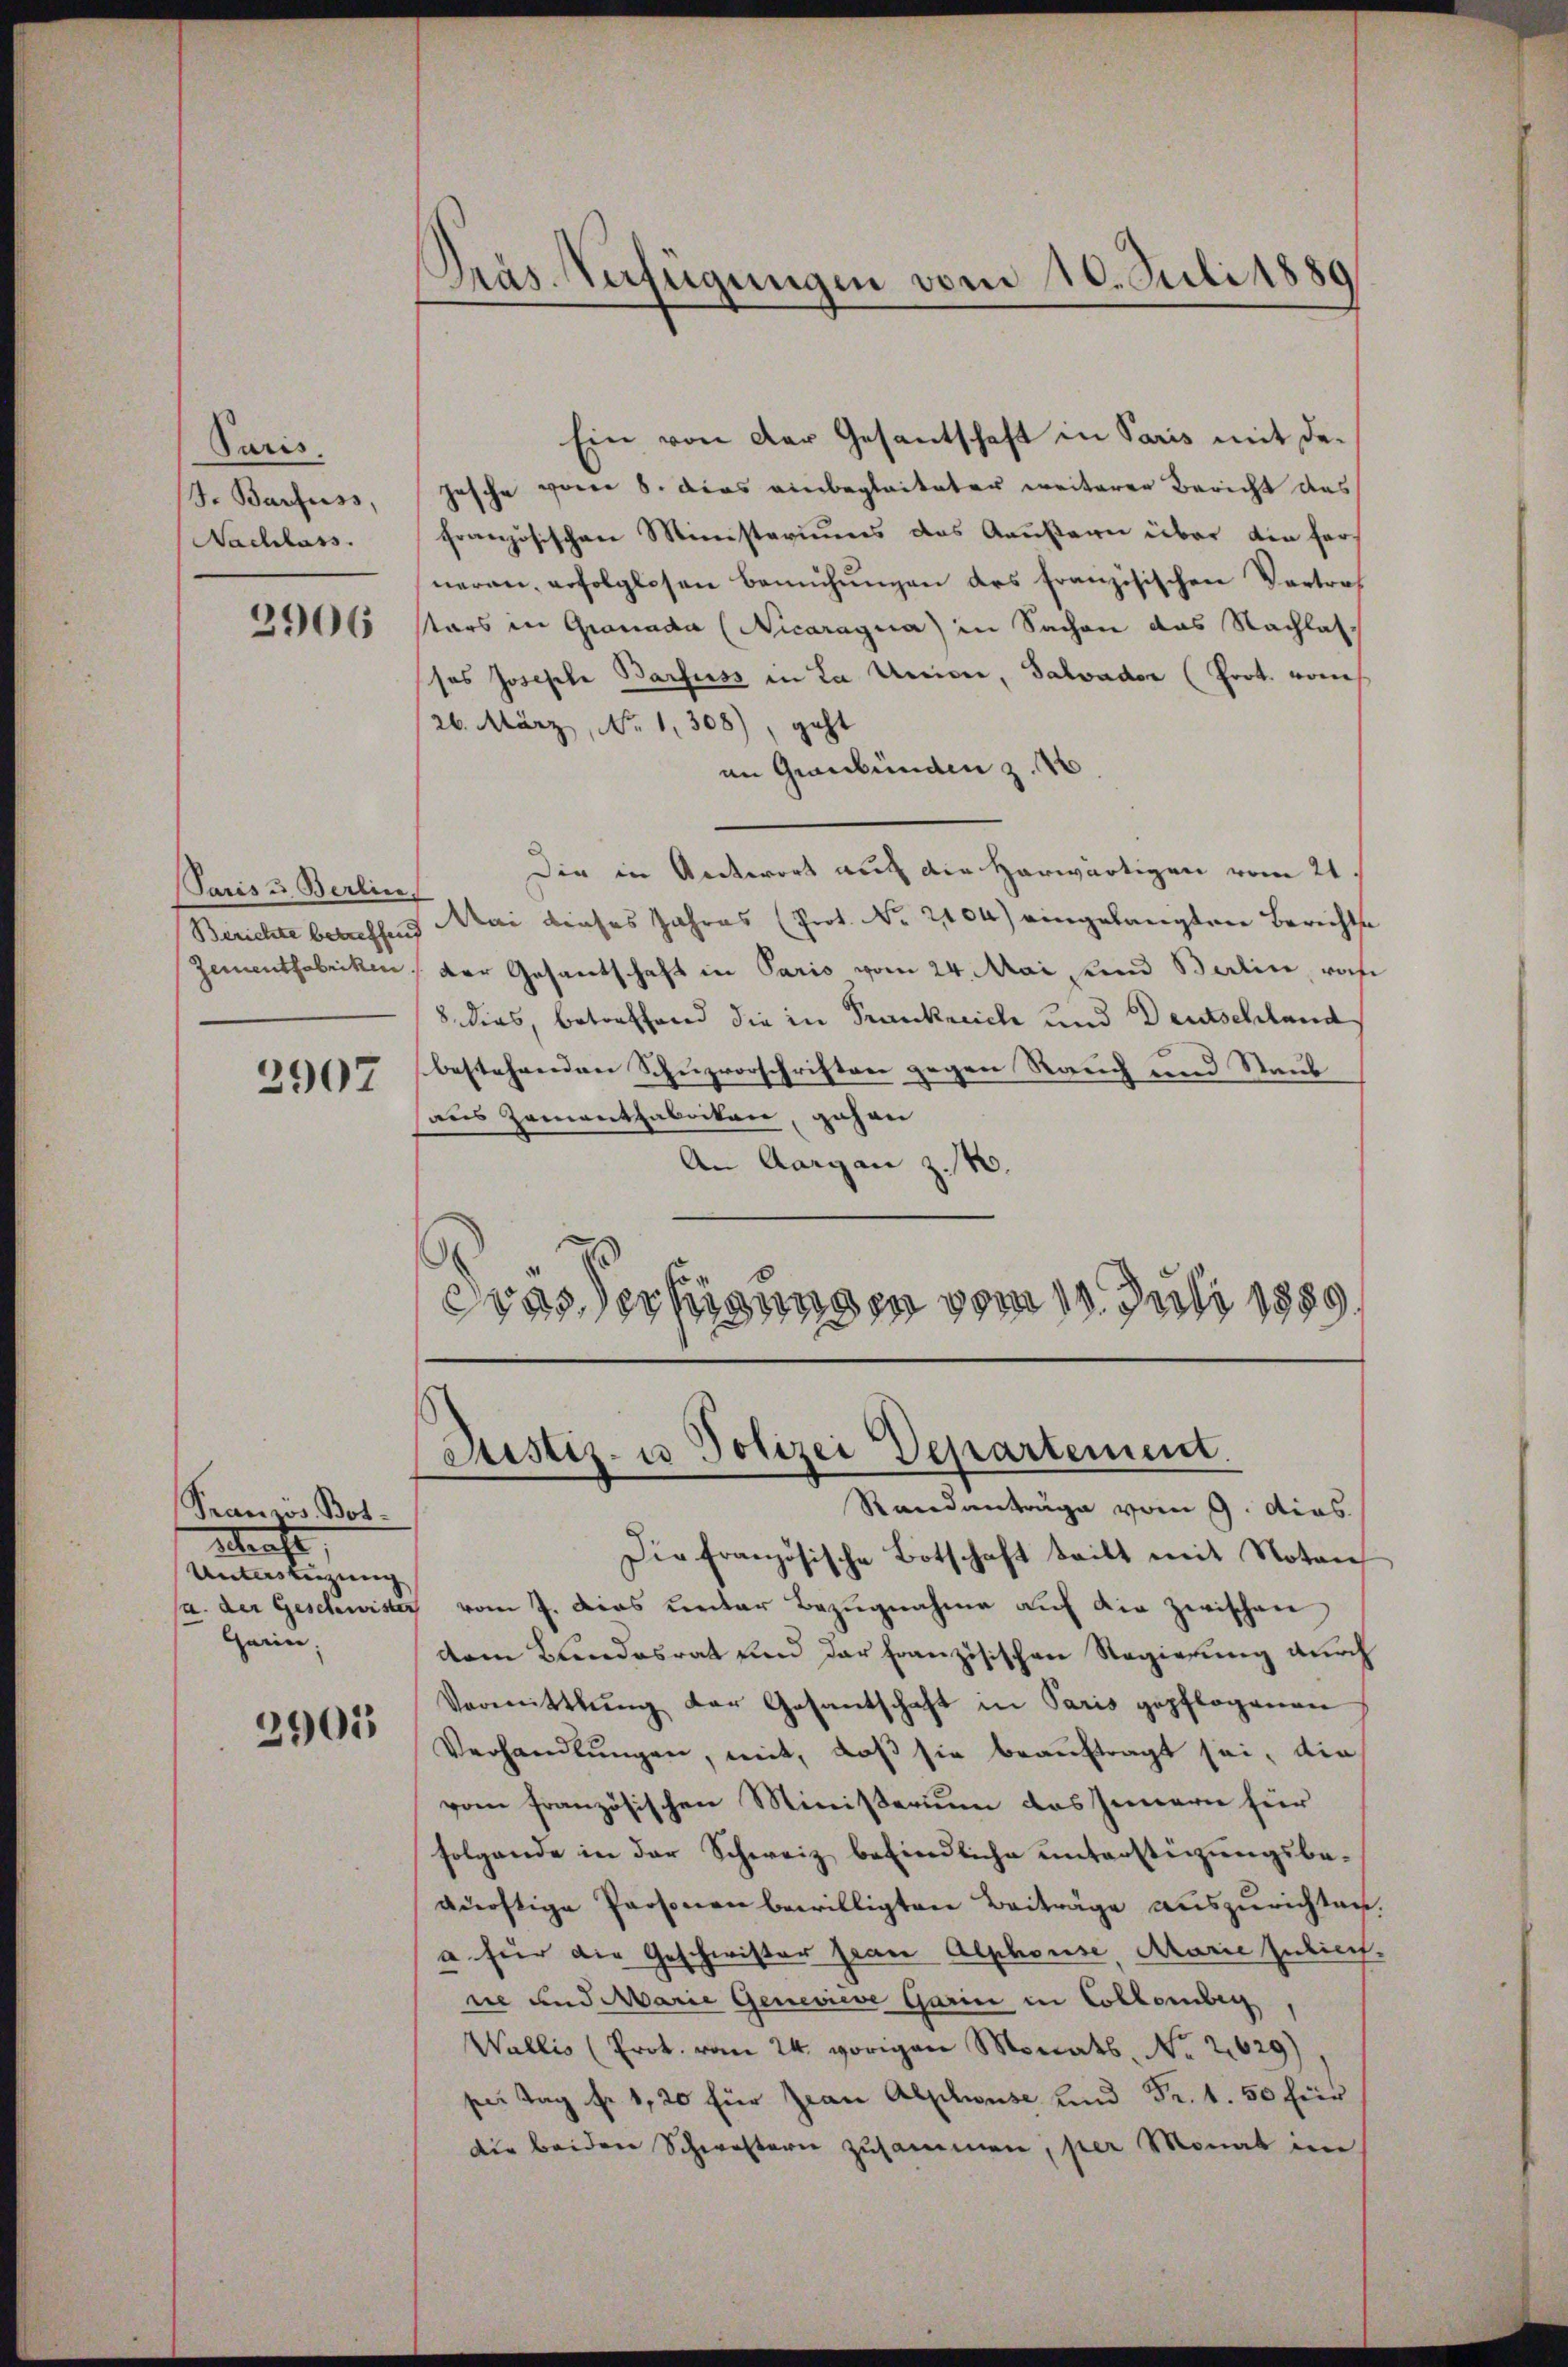
Paris.
J. Barfuss,
Nachlass.

2906

(Paris u. Berlin
Zementfabriken

2907

Französ. Botstrafe,
Unterstüzung
Garin,

2905

Präs. Verfügungen vom 10. Juli 1889

Ein von der Gesantschaft in Paris mit de-
Hasche vom 8. Dies einbegleiteter weiterer Bericht des
französischen Ministeriums das Aeußern über die ferneren, erfolglosen Bemühungen des französischen Vortref
stars in Granada (Nicaragua) in Sachen das Nachlasses Josefele Barfusz in La Univer, Salvador (Prot. vom
26. März, No. 1308), geht
an Graubünden z. 16.
Die in Antwort auf die herwärtigen vom 21
Berichte betreffend Mai dieses Jahres (Prot. Nr. 204) eingelangten Berichtse
der Gesantschaft in Pario vom 24. Mai und Berlin, roh
8. dies, betreffend die in Trankreiche und Deutschland
bestehenden Schuzvorschriften gegen Rauch und Staub
aus Zementhabriken, gehen
An Aargau z. B.
¬
sas Verfügungen vom 10. Juli 1889

Justiz- u Polizei Departement.
Randanträge vom 9. dies

Die Französische Botschaft teilt mit Notan
sa. der Geschwister vom 7. Das unter Bezugnahme auf die zwischen,
dem Bundesrat und der französischen Regierung durch
Vermittlung der Gesantschaft in Paris gepflogenen
Verhandlungen, mit, daß sie beauftragt sei, die
vom französischen Ministerium das Innern für
folgende in der Schweiz befindliche unterstützungsbedürftige Personen bewilligten Beiträge auszurichten.
 hier die Geschwister Frau Alphouse, Marie zulief.
ne und Marie Genediese Garin in Colkombin
Wallis (Prok. vom 24. vorigen Monats No. 2629)
per Tag fr. 120 für Jean Abschwuse und Fr. 1. 50 für
die beiden Schwestern zusammen, per Monat im